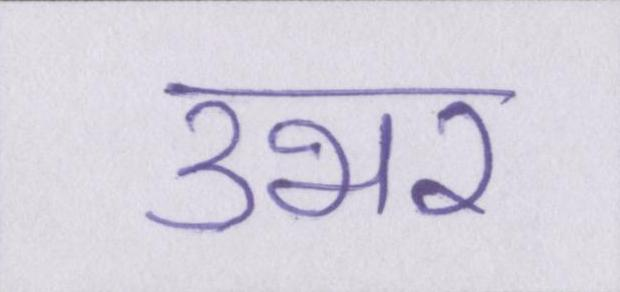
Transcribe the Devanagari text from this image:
उभर